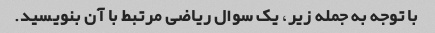
با توجه به جمله زیر، یک سوال ریاضی مرتبط با آن بنویسید.